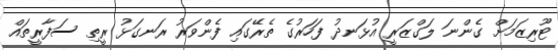
ޓޫރިޒަމަށް ގެންނަ ލަގްޒަރީ އުޅަނދު ފަހަރުގެ ތެރޭގައި ފެންވަރު ރަނގަޅު ރީތި ސަފާރީތައް